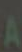
A